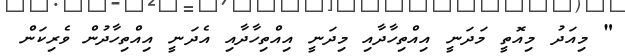
" މިއަދު މިއޮތީ މަދަނީ އިއްތިހާދާއި މިދަނީ އިއްތިހާދާއި އެދަނީ އިއްތިހާދުން ވެރިކަން